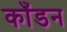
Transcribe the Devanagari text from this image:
काँडन